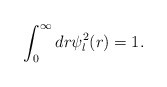
\begin{align*}\displaystyle\int^\infty_0 dr \psi ^2_l (r) = 1.\end{align*}